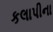
કલાપીના